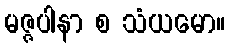
မဇ္ဇပါနာ စ သံယမော။